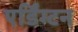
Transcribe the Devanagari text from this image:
एर्डिंग्टन